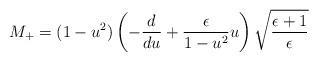
LaTeX: \begin{align*}M_{+}=(1-u^2)\left(-\frac{d}{du}+\frac{\epsilon}{1-u^2}u\right)\sqrt{\frac{\epsilon+1}{\epsilon}} \end{align*}